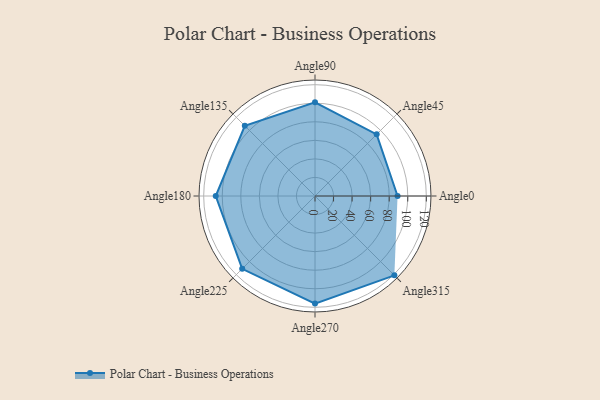
{"axis": {"x": "Angle", "y": "Radius"}, "legend": [""], "data": [{"x": "Angle0", "y": 89.0, "type": ""}, {"x": "Angle45", "y": 94.0, "type": ""}, {"x": "Angle90", "y": 101.0, "type": ""}, {"x": "Angle135", "y": 107.0, "type": ""}, {"x": "Angle180", "y": 107.0, "type": ""}, {"x": "Angle225", "y": 111.0, "type": ""}, {"x": "Angle270", "y": 116.0, "type": ""}, {"x": "Angle315", "y": 121.0, "type": ""}]}